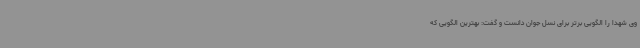
وی شهدا را الگویی برتر برای نسل جوان دانست و گفت: بهترین الگویی که